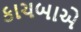
કાચબાએ